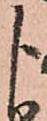
よ